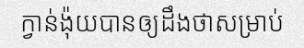
ក្វាន់ង៉ុយបានឲ្យដឹងថាសម្រាប់